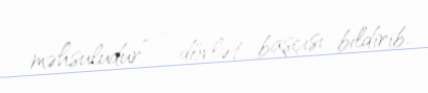
məhsuludur” - dövlət başçısı bildirib.